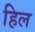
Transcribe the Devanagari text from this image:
हिल